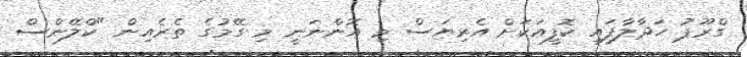
ގްރޫޕު ހަދާލާފައި ކޮފީއަކަށް އެރިޔަސް މި އޮންނަނީ މި ގޭމުގެ ތެރެއިން "ކްލޭންސް